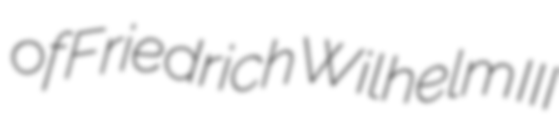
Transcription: of Friedrich Wilhelm III